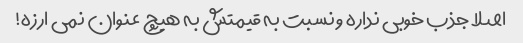
اصلا جذب خوبی نداره و نسبت به قیمتش به هیچ عنوان نمی ارزه!